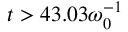
t > 4 3 . 0 3 \omega _ { 0 } ^ { - 1 }